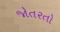
જોતરતો